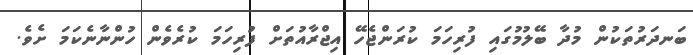
ބަނދަރުތަކުން މުދާ ބޭލުމުގައި ފުރިހަމަ ކުރަންޖެހޭ އިޖްރާއުތަށް ފުރިހަމަ ކުރެވެން ހުންނާނެކަމަ ށެވެ.